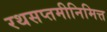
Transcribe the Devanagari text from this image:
रथसप्तमीनिमित्त